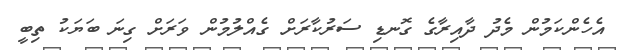
އެހެންކަމުން މެދު ދާއިރާގެ ގޮނޑި ސަރުކާރަށް ގެއްލުމުން ވަރަށް ގިނަ ބަޔަކު ތިބީ